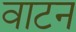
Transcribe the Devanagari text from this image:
वाटन